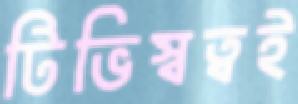
টিভিস্বত্বই